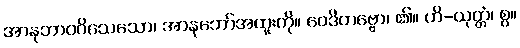
အာနုဘာဝဝိသေသော၊ အာနုဘော်အထူးကို။ ဝေဒိတဗ္ဗော၊ ၏။ ဟိ-ယုတ္တံ၊ စွ။